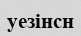
уезінсн